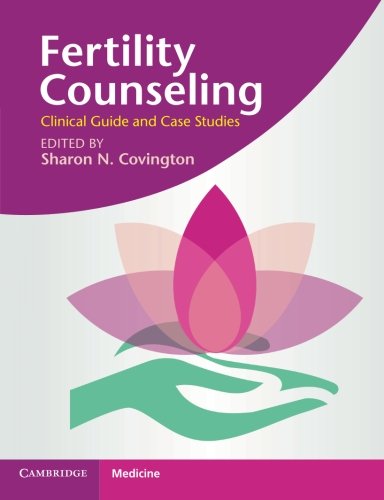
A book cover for Fertility Counseling: Clinical Guide and Case Studies; Parenting & Relationships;